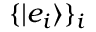
\{ | e _ { i } \rangle \} _ { i }